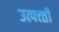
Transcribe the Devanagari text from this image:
उत्पत्त्ती